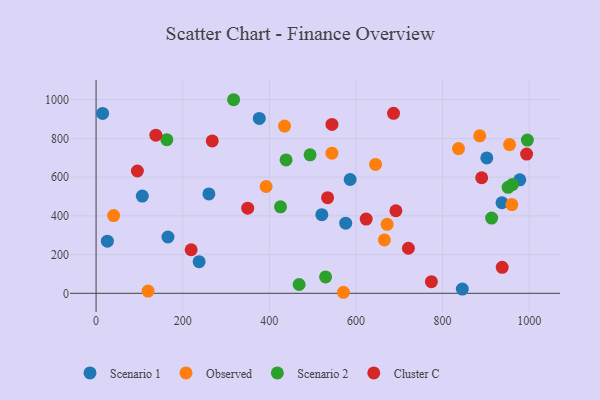
{"axis": {"x": "Price", "y": "Sales"}, "legend": ["Cluster C", "Observed", "Scenario 1", "Scenario 2"], "data": [{"x": "845.6", "y": 21.8, "type": "Scenario 1"}, {"x": "26.1", "y": 269.4, "type": "Scenario 1"}, {"x": "165.9", "y": 290.7, "type": "Scenario 1"}, {"x": "902.1", "y": 699.2, "type": "Scenario 1"}, {"x": "521.2", "y": 406.0, "type": "Scenario 1"}, {"x": "576.3", "y": 362.0, "type": "Scenario 1"}, {"x": "106.7", "y": 502.2, "type": "Scenario 1"}, {"x": "237.9", "y": 163.3, "type": "Scenario 1"}, {"x": "586.6", "y": 587.7, "type": "Scenario 1"}, {"x": "937.2", "y": 467.7, "type": "Scenario 1"}, {"x": "978.3", "y": 586.1, "type": "Scenario 1"}, {"x": "376.8", "y": 903.1, "type": "Scenario 1"}, {"x": "260.4", "y": 513.3, "type": "Scenario 1"}, {"x": "15.1", "y": 929.1, "type": "Scenario 1"}, {"x": "885.8", "y": 813.3, "type": "Observed"}, {"x": "672.0", "y": 356.1, "type": "Observed"}, {"x": "836.8", "y": 747.4, "type": "Observed"}, {"x": "120.0", "y": 11.4, "type": "Observed"}, {"x": "665.6", "y": 275.4, "type": "Observed"}, {"x": "960.0", "y": 458.1, "type": "Observed"}, {"x": "645.2", "y": 665.6, "type": "Observed"}, {"x": "40.5", "y": 401.6, "type": "Observed"}, {"x": "571.0", "y": 5.3, "type": "Observed"}, {"x": "392.6", "y": 551.6, "type": "Observed"}, {"x": "435.1", "y": 863.7, "type": "Observed"}, {"x": "544.5", "y": 723.5, "type": "Observed"}, {"x": "954.6", "y": 768.0, "type": "Observed"}, {"x": "951.3", "y": 547.5, "type": "Scenario 2"}, {"x": "425.8", "y": 446.6, "type": "Scenario 2"}, {"x": "317.5", "y": 999.6, "type": "Scenario 2"}, {"x": "494.1", "y": 715.2, "type": "Scenario 2"}, {"x": "961.1", "y": 561.7, "type": "Scenario 2"}, {"x": "913.3", "y": 388.3, "type": "Scenario 2"}, {"x": "995.8", "y": 791.3, "type": "Scenario 2"}, {"x": "163.3", "y": 793.5, "type": "Scenario 2"}, {"x": "438.6", "y": 688.6, "type": "Scenario 2"}, {"x": "529.9", "y": 84.7, "type": "Scenario 2"}, {"x": "468.8", "y": 45.4, "type": "Scenario 2"}, {"x": "95.4", "y": 631.6, "type": "Cluster C"}, {"x": "623.6", "y": 383.4, "type": "Cluster C"}, {"x": "994.0", "y": 718.9, "type": "Cluster C"}, {"x": "721.1", "y": 232.7, "type": "Cluster C"}, {"x": "534.5", "y": 493.8, "type": "Cluster C"}, {"x": "544.6", "y": 872.0, "type": "Cluster C"}, {"x": "686.8", "y": 929.3, "type": "Cluster C"}, {"x": "937.7", "y": 134.3, "type": "Cluster C"}, {"x": "350.1", "y": 439.4, "type": "Cluster C"}, {"x": "219.5", "y": 224.9, "type": "Cluster C"}, {"x": "138.0", "y": 816.7, "type": "Cluster C"}, {"x": "692.2", "y": 426.4, "type": "Cluster C"}, {"x": "268.2", "y": 786.6, "type": "Cluster C"}, {"x": "890.3", "y": 596.6, "type": "Cluster C"}, {"x": "774.2", "y": 59.8, "type": "Cluster C"}]}